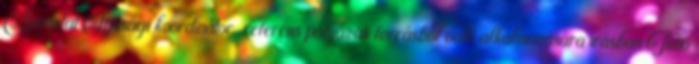
Javaslat Ifjúsági koordinátor referens pályázati forrásból való alkalmazására írásban Tüttő